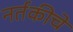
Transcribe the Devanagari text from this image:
नर्तकीचे